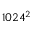
1 0 2 4 ^ { 2 }